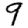
Digit: 9